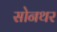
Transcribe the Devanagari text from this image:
सोनथर